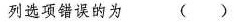
列选项错误的为()